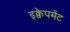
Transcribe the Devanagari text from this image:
इक्वेपमेंट